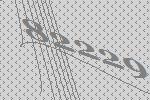
82229